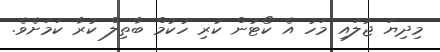
މިދިޔަ ޖުލައި މަހު އެ ކޯޓުން ކުރި ހުކުމް ބާތިލް ކުރާ ކަމަށެވެ.